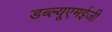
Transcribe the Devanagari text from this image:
डब्ल्यूएमईजी